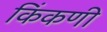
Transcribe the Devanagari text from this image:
किंकणी